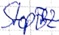
Text: Stop FB2